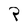
Character: P